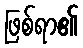
ဖြစ်ရာ၏